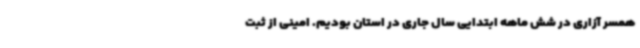
همسر آزاری در شش ماهه ابتدایی سال جاری در استان بودیم. امینی از ثبت